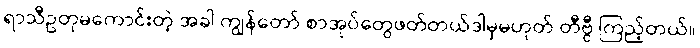
ရာသီဥတုမကောင်းတဲ့ အခါ ကျွန်တော် စာအုပ်တွေဖတ်တယ်ဒါမှမဟုတ် တီဗွီ ကြည့်တယ်။